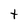
Character: t